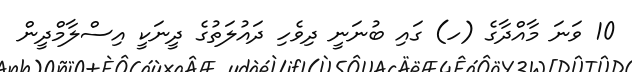
10 ވަނަ މާއްދާގެ (ހ) ގައި ބުނަނީ ދިވެހި ދައުލަތުގެ ދީނަކީ އިސްލާމްދީން